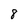
Character: 8